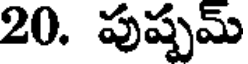
20. పుష్పమ్